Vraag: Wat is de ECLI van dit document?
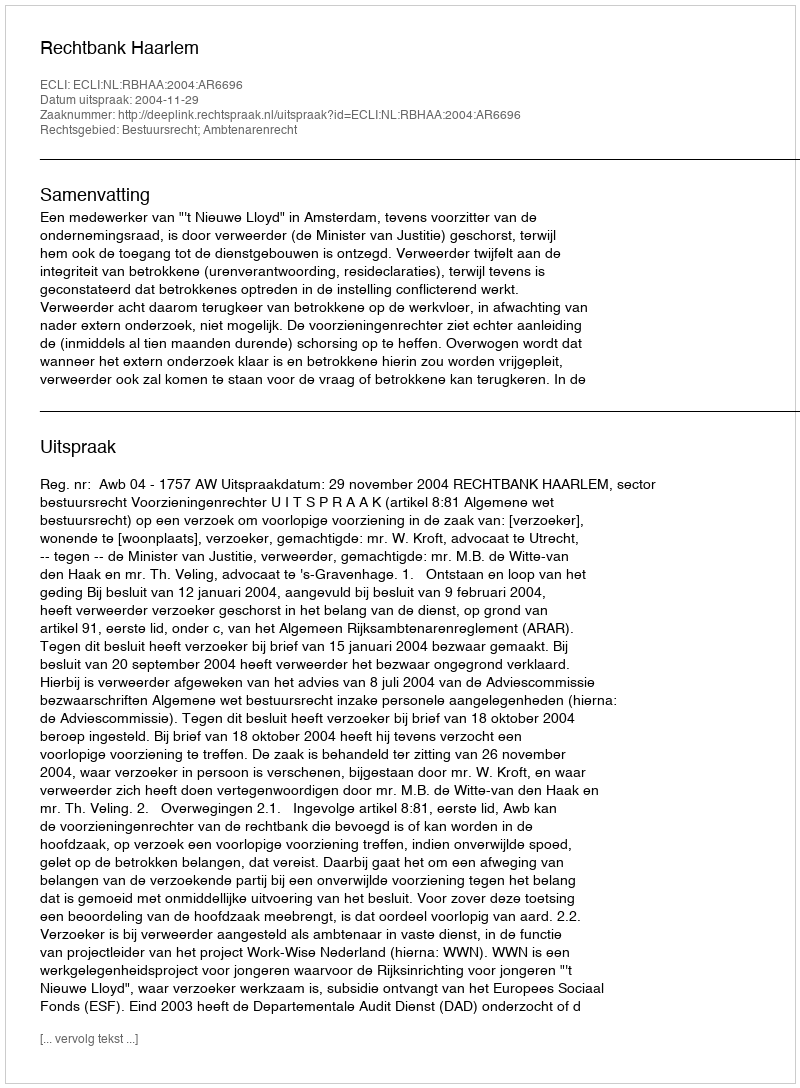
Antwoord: ECLI:NL:RBHAA:2004:AR6696